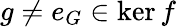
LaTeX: g\neq e_{G}\in\ker f